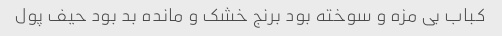
کباب بى مزه و سوخته بود برنج خشک و مانده بد بود حیف پول